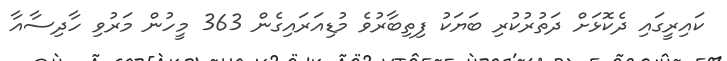
ކައިރީގައި ދެކޮޅަށް ދަތުރުކުރި ބަޔަކު ފިތިބާރުވެ މުޑިއަރައިގެން 363 މީހުން މަރުވި ހާދިސާއާ